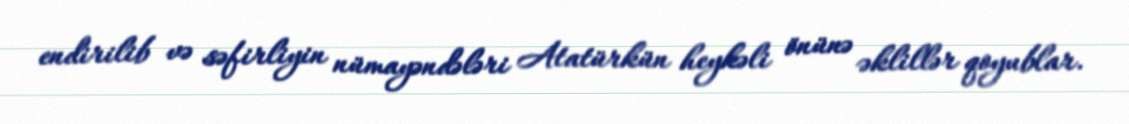
endirilib və səfirliyin nümayəndələri Atatürkün heykəli önünə əklillər qoyublar.